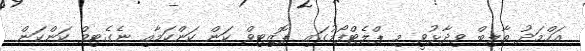
އަހްމަދު ތާލިބް ވިދާޅުވީ މި ޕްލެޓްފޯމުގައި ޕޮޒިޓިވް ކަން ކަންކަމާއި ނެގެޓިވް ކަންކަން